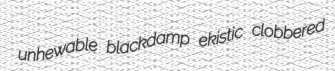
unhewable blackdamp ekistic clobbered